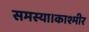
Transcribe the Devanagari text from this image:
समस्या।काश्मीर